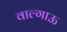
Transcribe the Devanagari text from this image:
वाल्गाऊ